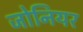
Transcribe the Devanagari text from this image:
जोनियर